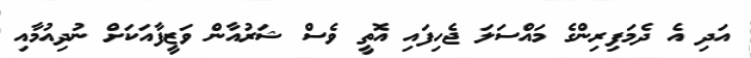
އަދި އެ ދެމަފިރިންގެ މައްސަލަ ޖެހިފައި އޮތީ ވެސް ޝަރުއާން ވަޒީފާއަކަށް ނުދިއުމާއި